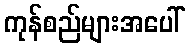
ကုန်စည်များအပေါ်